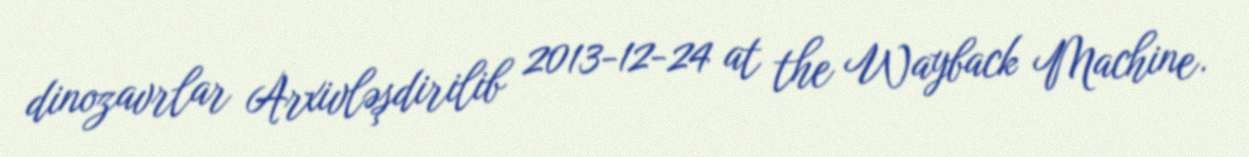
dinozavrlar Arxivləşdirilib 2013-12-24 at the Wayback Machine.